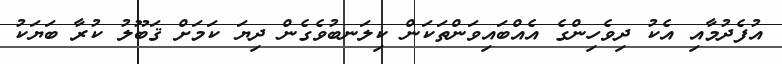
އުފެދުމާއި އެކު ދިވެހިންގެ އެއްބައިވަންތަކަން ކިލަނބުވެގެން ދިޔަ ކަމަށް ޤަބޫލު ކުރާ ބަޔަކު